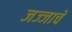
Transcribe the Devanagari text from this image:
जज्जाचे